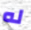
له